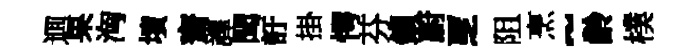
逥果洶墳齋譯聞訏掛愕芬鎻蔚覂阻烹~齡樸